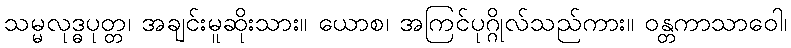
သမ္မလုဒ္ဓပုတ္တ၊ အချင်းမူဆိုးသား။ ယောစ၊ အကြင်ပုဂ္ဂိုလ်သည်ကား။ ဝန္တကာသာဝေါ၊